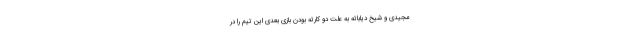
مجیدی و شیخ دیاباته به علت دو کارته بودن بازی بعدی این تیم را در